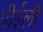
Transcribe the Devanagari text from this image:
पीईली